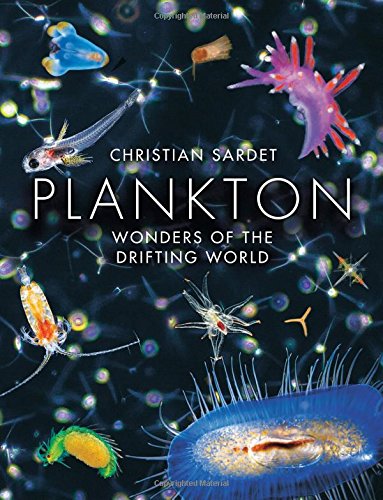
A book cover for Plankton: Wonders of the Drifting World; Christian Sardet; Science & Math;